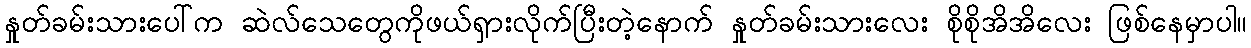
နှုတ်ခမ်းသားပေါ်က ဆဲလ်သေတွေကိုဖယ်ရှားလိုက်ပြီးတဲ့နောက် နှုတ်ခမ်းသားလေး စိုစိုအိအိလေး ဖြစ်နေမှာပါ။